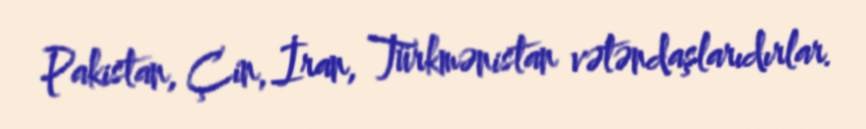
Pakistan, Çin, İran, Türkmənistan vətəndaşlarıdırlar.